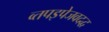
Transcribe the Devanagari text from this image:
व्तपइपेजवदद्ध